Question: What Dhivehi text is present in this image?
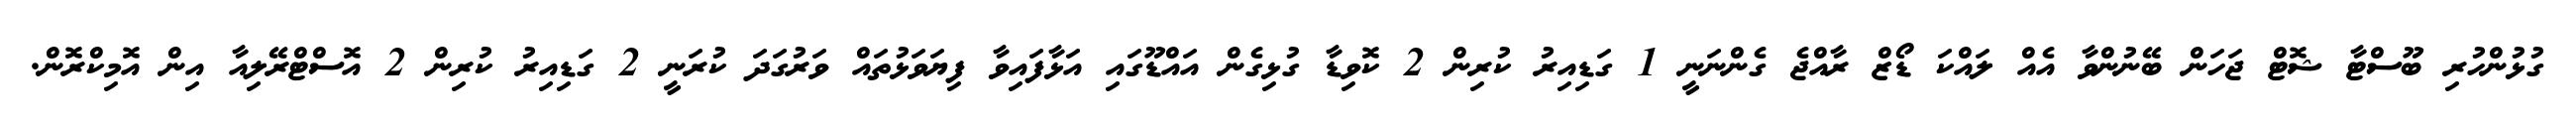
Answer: ގުޅުންހުރި ބޫސްޓާ ޝޮޓް ޖަހަން ބޭނުންވާ އެއް ލައްކަ ޑޯޒް ރާއްޖެ ގެންނަނީ 1 ގަޑިއިރު ކުރިން 2 ކޮވިޑާ ގުޅިގެން އައްޑޫގައި އަޅާފައިވާ ފިޔަވަޅުތައް ވަރުގަދަ ކުރަނީ 2 ގަޑިއިރު ކުރިން 2 އޮސްޓްރޭލިއާ އިން އޮމިކްރޮން.